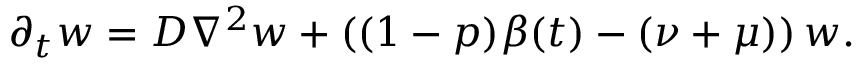
\partial _ { t } w = D \nabla ^ { 2 } w + \left( ( 1 - p ) \beta ( t ) - ( \nu + \mu ) \right) w .